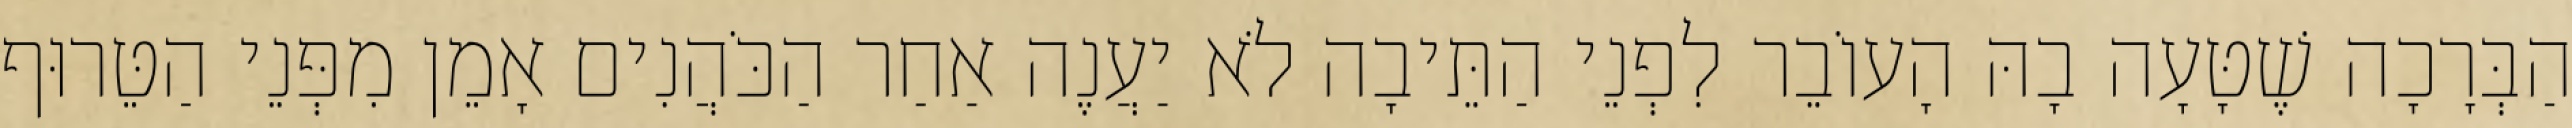
הַבְּרָכָה שֶׁטָּעָה בָהּ הָעוֹבֵר לִפְנֵי הַתֵּיבָה לֹא יַעֲנֶה אַחַר הַכֹּהֲנִים אָמֵן מִפְּנֵי הַטֵּרוּף